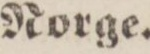
Norge.